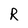
Character: R